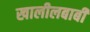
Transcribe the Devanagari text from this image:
खालीलबाबी